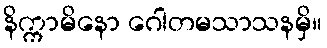
နိက္ကာမိနော ဂေါတမသာသနမှိ။